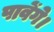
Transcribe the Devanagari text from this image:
पावेंगे।